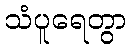
သံပူရေတွာ